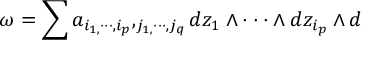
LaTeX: \omega = \sum _ { { } } a _ { i _ { 1 , } \cdot \cdot \cdot , i _ { p } } , _ { j _ { 1 , } \cdot \cdot \cdot , j _ { q } } d z _ { 1 } \wedge \cdot \cdot \cdot \wedge d z _ { i _ { p } } \wedge d